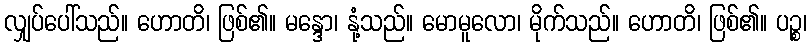
လျှပ်ပေါ်သည်။ ဟောတိ၊ ဖြစ်၏။ မန္ဒော၊ နုံ့သည်။ မောမူလော၊ မိုက်သည်။ ဟောတိ၊ ဖြစ်၏။ ပဉ္စ၊